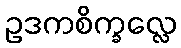
ဥဒကစိက္ခလ္လေ